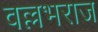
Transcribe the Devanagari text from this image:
वल्लभराज